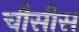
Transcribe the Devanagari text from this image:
चौसीस